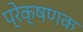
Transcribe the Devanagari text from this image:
प्रेक्षणक